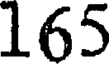
165